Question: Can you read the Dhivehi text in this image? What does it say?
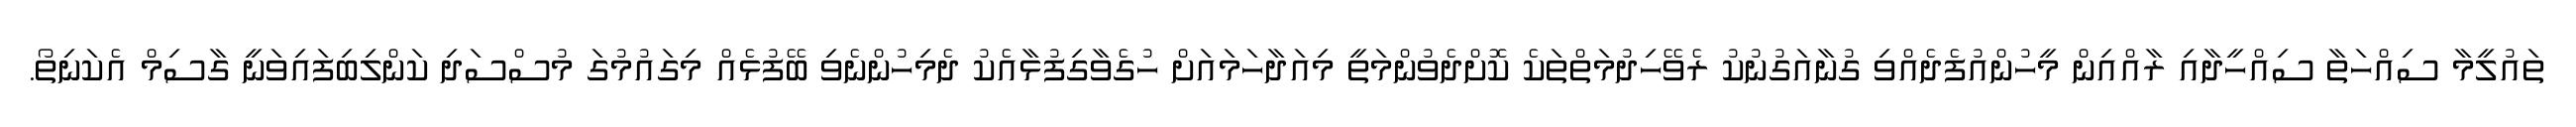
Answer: ތައުލީމާ ސިއްހަތާ ސިއްހީދާއި ރާއްއިން މީހުންއުފެދެއްވި ގުނާއަގުނުކު ރެވޭހިދުމަތްތަކެ ކޮށްދެވުންމަތީ މިއަދާހަމައަށް ހުގެވާގިފުޅާއެކު ދެމިހުންނެވި ބޭފުޅެއް މިގައުމުގަ މުސްސަދި ކަންލިބިފައިވަނީ ގާސިމް އެކަނިތޯ.